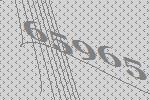
65965